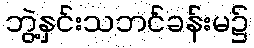
ဘွဲ့နှင်းသဘင်ခန်းမ၌